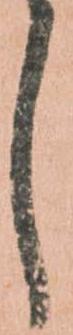
し